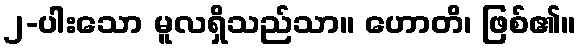
၂-ပါးသော မူလရှိသည်သာ။ ဟောတိ၊ ဖြစ်၏။